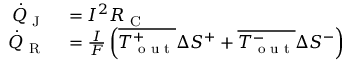
\begin{array} { r l } { \dot { Q } _ { \textrm { J } } } & { { } = I ^ { 2 } R _ { \textrm { C } } } \\ { \dot { Q } _ { \textrm { R } } } & { { } = \frac { I } { F } \left( \overline { { T _ { \textrm { o u t } } ^ { + } } } \Delta S ^ { + } + \overline { { T _ { \textrm { o u t } } ^ { - } } } \Delta S ^ { - } \right) } \end{array}